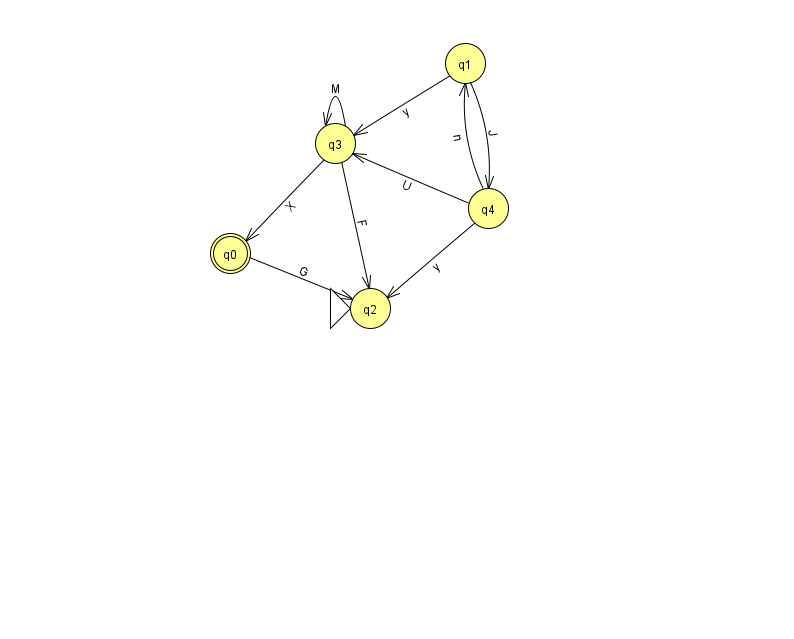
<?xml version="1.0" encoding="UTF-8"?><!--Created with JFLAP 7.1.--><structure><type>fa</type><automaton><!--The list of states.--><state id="0" name="q0"><x>230.0</x><y>240.0</y><final/></state><state id="1" name="q1"><x>465.0</x><y>50.0</y></state><state id="2" name="q2"><x>370.0</x><y>295.0</y><initial/></state><state id="3" name="q3"><x>335.0</x><y>130.0</y></state><state id="4" name="q4"><x>488.0</x><y>195.0</y></state><!--The list of transitions.--><transition><from>4</from><to>3</to><read>U</read></transition><transition><from>0</from><to>2</to><read>G</read></transition><transition><from>3</from><to>0</to><read>X</read></transition><transition><from>4</from><to>2</to><read>y</read></transition><transition><from>3</from><to>2</to><read>F</read></transition><transition><from>1</from><to>4</to><read>J</read></transition><transition><from>1</from><to>3</to><read>y</read></transition><transition><from>3</from><to>3</to><read>M</read></transition><transition><from>4</from><to>1</to><read>n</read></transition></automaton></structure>